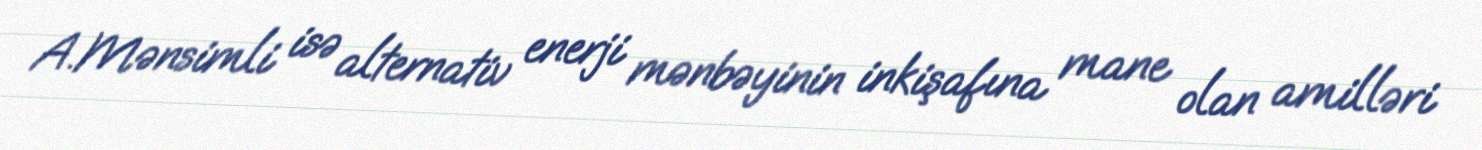
A.Mənsimli isə alternativ enerji mənbəyinin inkişafına mane olan amilləri